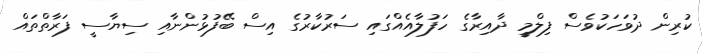
ކުރިން ދުވަހަކުވެސް ފިލްމީ ދާއިރާގެ ހަފުލާއެއްގައި ސަރުކާރުގެ އިސް ބޭފުޅުންނާއި ސިޔާސީ ފަރާތްތައް